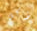
تؤكل